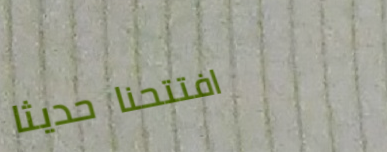
افتتحنا حديثاً